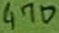
Text: 470